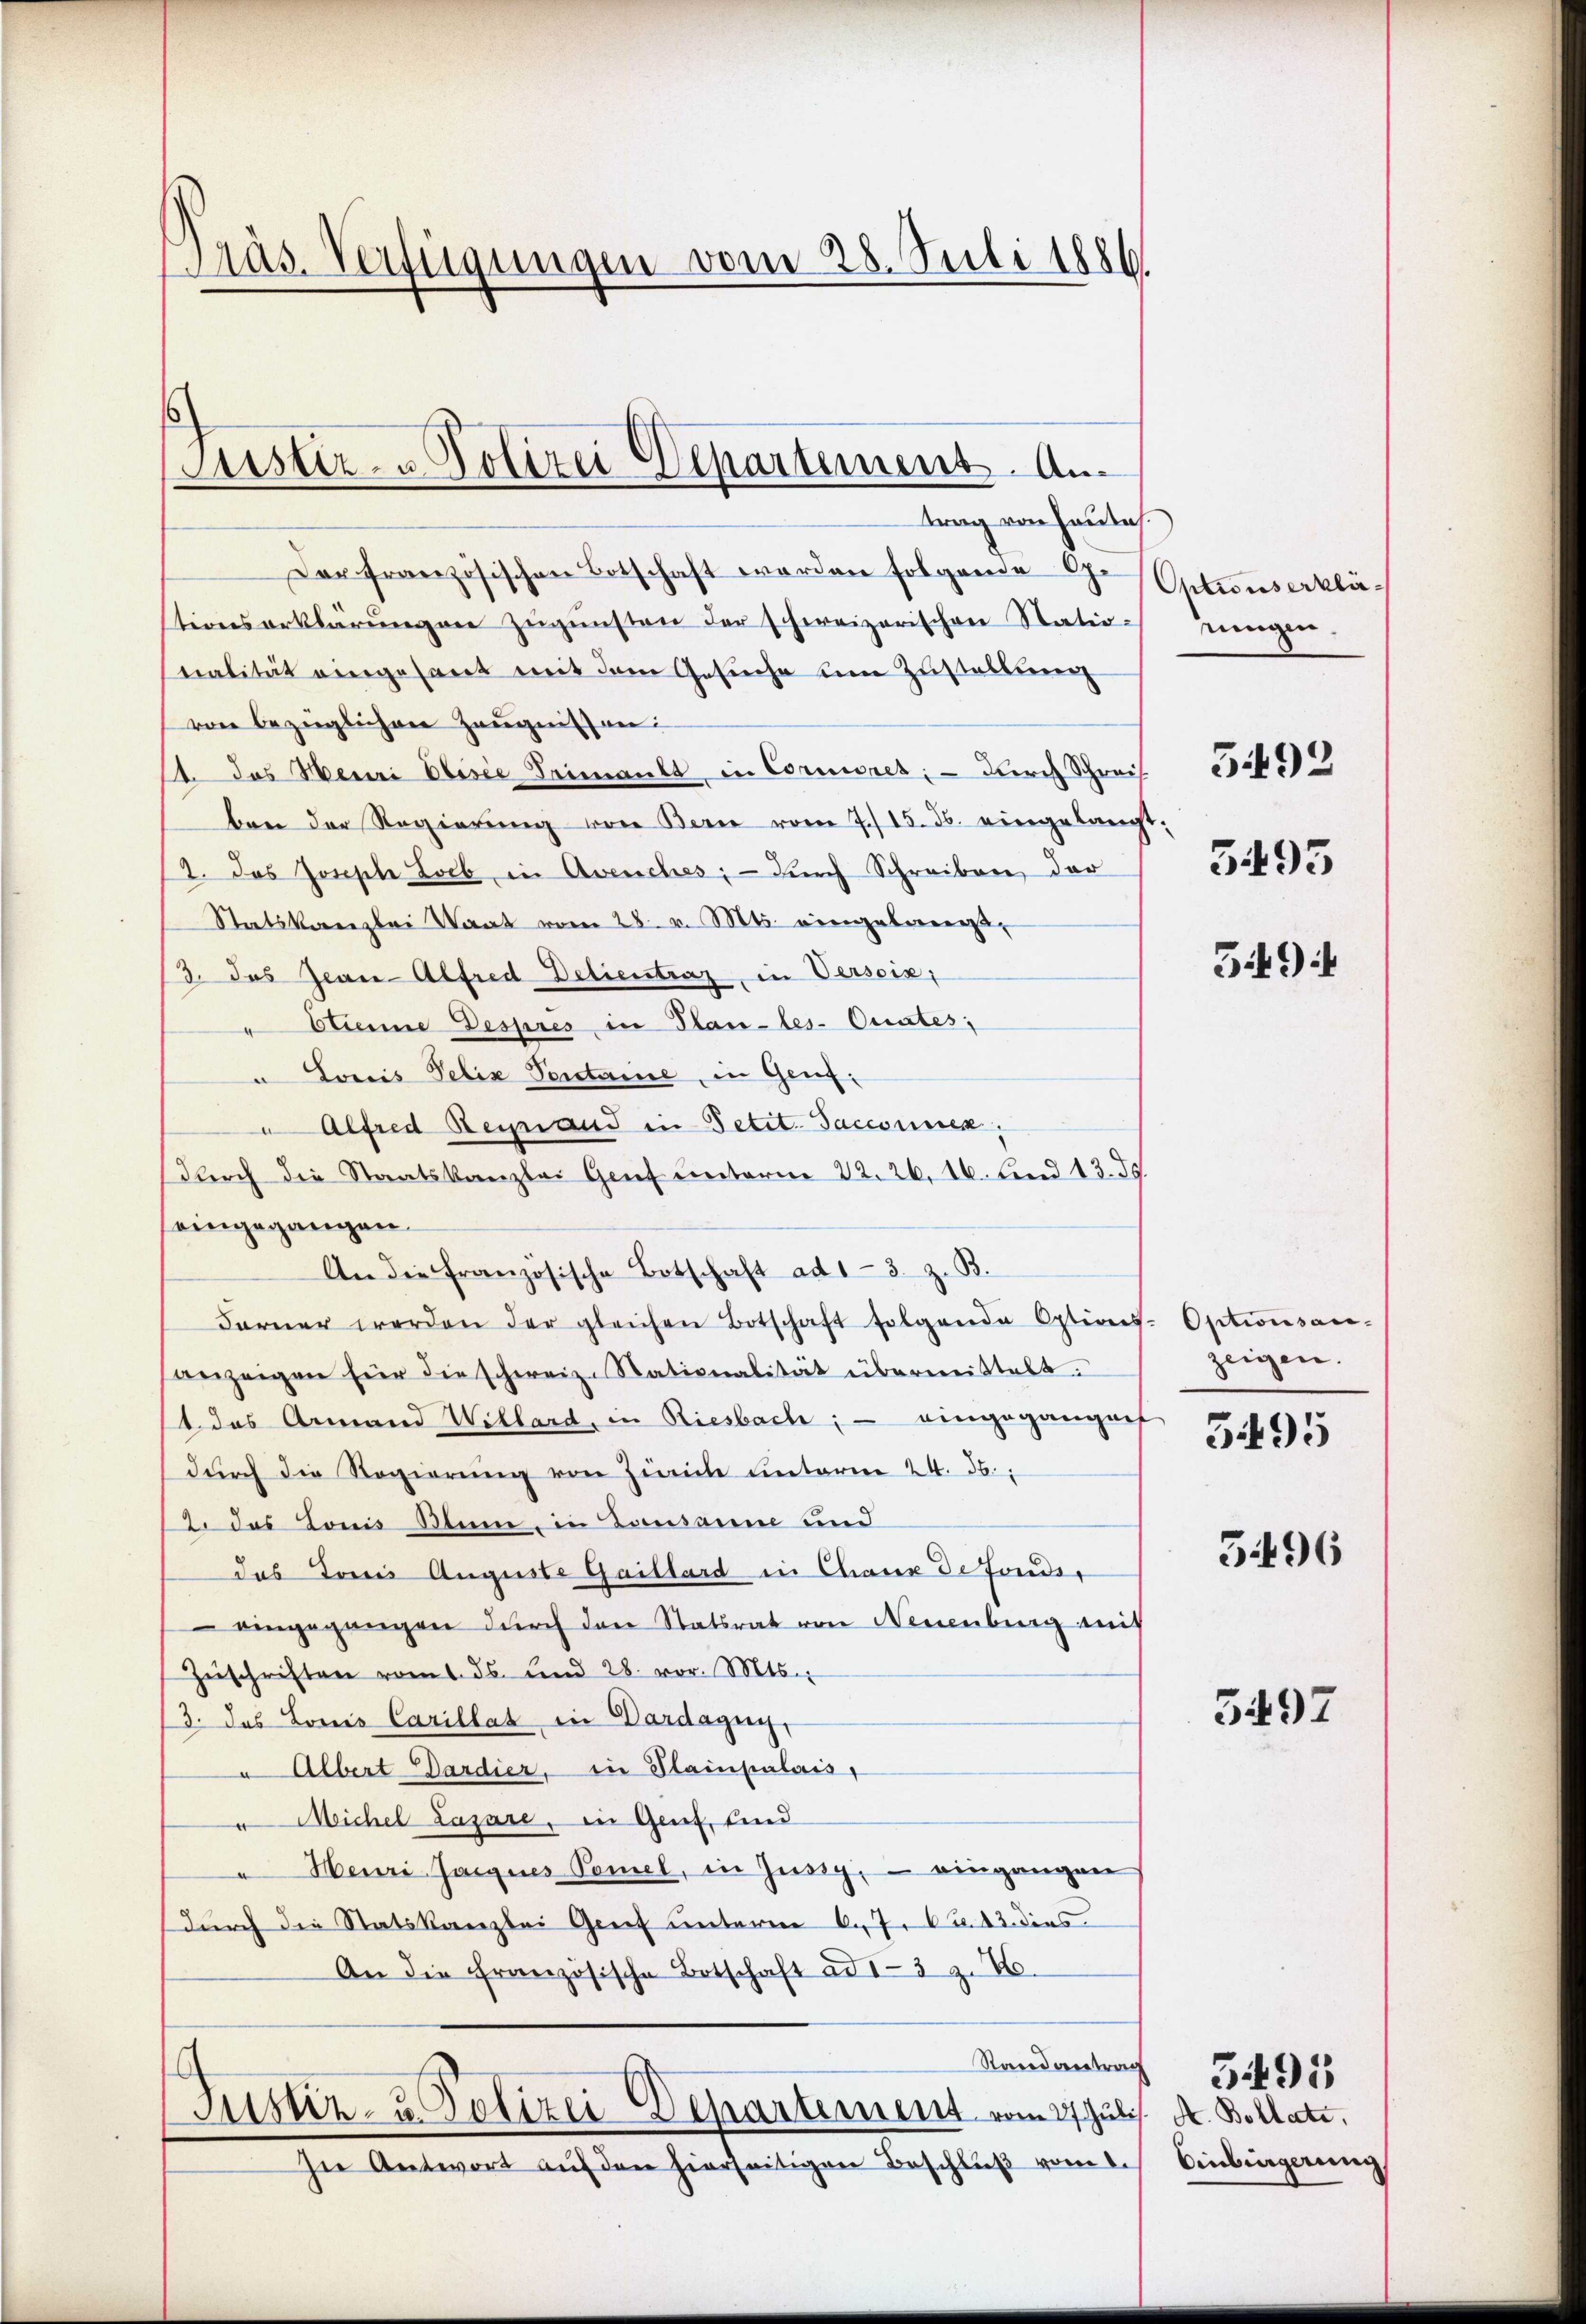
Präs. Verfügungen vom 28. Juli 1886

Justiz- & Polizei Departement. An

trag von Hautes.
Der französischen Botschaft worden folgende Op.
tionserklärŭngen Zŭgŭnsten der schweizerischen Statio-
nalität eingesamt mit dem Gesŭche ŭm Zŭstallŭng
von bezüglichen Zeugnissen:
14. Das Meuri Elisie Heimankt, in Cornisres; — Durch Schreis 155694
ben der Regierŭng von Bern vom 7./15. Js. eingelangt;
2. Das Joseph Lob, in Avenches, – durch Schreiben der
Statskanzlei Staat vom 28. v. Mts. eingelangt,
13. das Jean-AlfredDetientraz, in Versoix,
" Etienne Despres in Plan-les-Orates;
u Louis Felix Sontaine, in Genz¬
 Alfred Reinand in Petit. Sacconnen,
Dŭrch die Staatskanzlei Genf unterm 22. 26. 16. Frei 13. 35.
eingegangen.
An die französische Botschaft ad 13. z. B.
Farner werden der gleichen Botschaft folgende Options- Optionsan-
anzeigen hier die schweiz. Stationalität übermittelt.
1 das Armand Willard, in Riesbach; — eingegangnet
dŭrch die Regierŭng von Zürich unterm 24. 56:
12. das Konis Stime, in Lausanne und
das Toris Auguste Gaillard in Chaux de fonds,
 eingegangen dŭrch den Statsrat von Neuenburg mit
Zŭschriften vom 1. ds. und 28. vor. Mts.
3. Das Loris Carillat in Dardagny,
u Albert Dardier, in Plainpalais
 Michel Lazare, in Gent, und
 Heuri Jargnes Pomel, in Zussy, – eingangen
(durch die Statskanzlei Genf unterm 6. 7. 643 dies
An die Französische Botschaft ad 1-3 Z. 76.
Stand vertrag
Justiz- & Polizei Departement vom 27. Juli. A. Bollate
In Antwort auf den hierseitigen Beschluß vom 1.

Optionserklänungen.
3495

549

zeigen.
3495

5496

3497

Einbingerung

3495